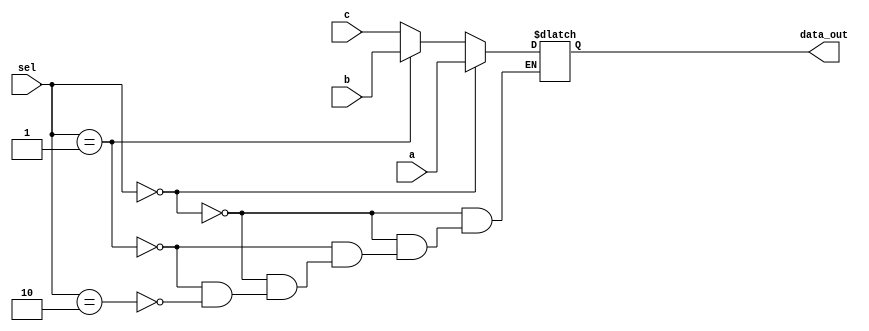
module Multiplexer_3x1
  ( 
  input a, b, c,
  input [1:0] sel,
  output reg data_out
  );
  always @ (sel or a or b)
  begin
  if (sel == 2'b00)
    data_out = a;
  else if (sel == 2'b01)
    data_out = b;
  else if (sel == 2'b10)
    data_out = c;
  end
  
  endmodule